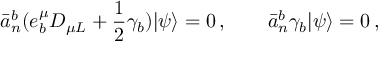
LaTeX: \bar { a } _ { n } ^ { b } ( e _ { b } ^ { \mu } D _ { \mu L } + \frac { 1 } { 2 } \gamma _ { b } ) | \psi \rangle = 0 \, , \qquad \bar { a } _ { n } ^ { b } \gamma _ { b } | \psi \rangle = 0 \, ,